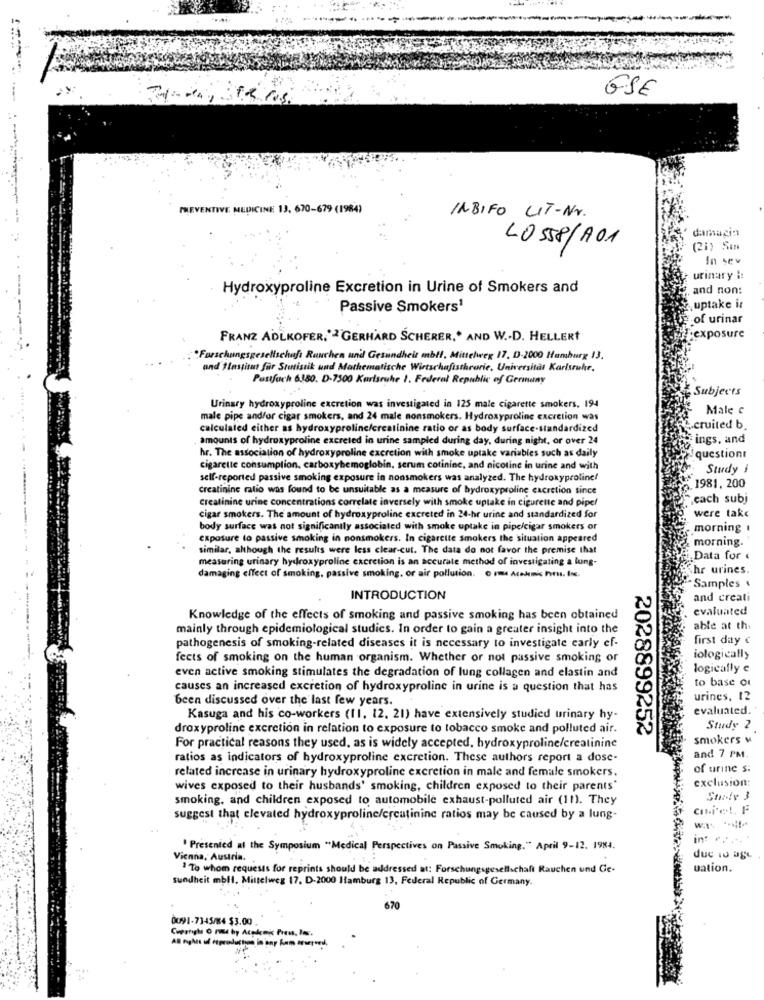
ESE
PREVENTIVE MEDICINE 13, 670-679 (1984)
INBIFO LIT-Nr.
damagin
LOS58/A01
(21) Sin
In sev
urinary i
Hydroxyproline Excretion in Urine of Smokers and
and non:
Passive Smokers1
uptake i
of urinar
FRANZ ADLKOFER,'2'GERHARD SCHERER,' AND W.D. HELLERT
rexposure
Forschungsgesellschaft Rauchen und Gesundheit mbil, Mittelweg 17, D-2000 Hamburg 13.
and #institut für Statistik und Mathematische Wirtschafistheorie, Universitat Karlsruhe,
Postfach 6350. D-7500 Karlsruhe 1. Federal Republic of Germany
Subjects
Urinary hydroxyproline excretion was investigated in 125 male cigarette smokers. 194
Male c
male pipe and/or cigar smokers, and 24 male nonsmokers. Hydroxyproline excretion was
calculated either as hydroxyprolinc/creatinine ratio or as body surface-standardized
cruited b
amounts of hydroxyproline excreted in urine sampled during day, during night, or over 24
ings, and
hr. The association of hydroxyproline excretion with smoke uptake variables such as daily
question
cigarette consumption, carboxyhemoglobin, serum cotinine, and nicotine in urine and with
Study i
self-reported passive smoking exposure in nonsmokers was analyzed. The hydroxyproline!
Creatinine ratio was found to be unsuitable as a measure of hydroxyproline excretion since
.1981, 200
Creatinine urine concentrations correlate inversely with smoke uptake in cigurette and pipe!
each subj
cigar smokers. The amount of hydroxyproline excreted in 24-hr urine and standardized for
were take
body surface was not significantly associated with smoke uptake in pipe/cigar smokers or
morning I
exposure to passive smoking in nonsmokers. In cigarette smokers the situation appeared
similar, although the results were less clear-cut. The data do not favor the premise that
morning.
measuring urinary hydroxyproline excretion is an accurate method of investigating a lung-
Data for ‹
hr urines.
damaging effect of smoking, passive smoking, or air pollution. o mmm Acelemis hors. Ins.
Samples
INTRODUCTION
and creati
evaluated
Knowledge of the effects of smoking and passive smoking has been obtained
mainly through epidemiological studies. In order to gain a greater insight into the
able at the
first day c
pathogenesis of smoking-related diseases it is necessary to investigate early ef-
fects of smoking on the human organism. Whether or not passive smoking or
iologically
even active smoking stimulates the degradation of lung collagen and elastin and
logically e
to base or
causes an increased excretion of hydroxyproline in urine is a question that has
been discussed over the last few years.
urines, 12
evaluated.
Kasuga and his co-workers (11. 12. 21) have extensively studied urinary hy-
droxyproline excretion in relation to exposure to tobacco smoke and polluted air.
Study 2
2028899252
smokers v
For practical reasons they used, as is widely accepted, hydroxyproline/creatinine
ratios as indicators of hydroxyproline excretion. These authors report a dose-
and 7 PM.
related increase in urinary hydroxyproline excretion in male and female smokers.
of urine s:
exclusion:
wives exposed to their husbands' smoking, children exposed to their parents'
smoking, and children exposed to automobile exhaust-polluted air (11). They
suggest that elevated hydroxyproline/creatinine ratios may be caused by a lung-
int .. ..
' Presented al the Symposium "Medical Perspectives on Passive Smoking." April 9-12. 1984.
Vienna, Austria. .
due id age
1 To whom requests for reprints should be addressed at: Forschungsgesellschaft Rauchen und Ce-
uation.
sundheit mbit, Mittelweg 17, D-2000 Hamburg 13, Federal Republic of Germany.
670
0091-7345/84 $3.00 .
AB nghus ul etprod
Coperrighe O Pmd by Academic Press, los.